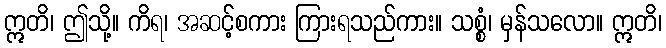
ဣတိ၊ ဤသို့။ ကိရ၊ အဆင့်စကား ကြားရသည်ကား။ သစ္စံ၊ မှန်သလော။ ဣတိ၊